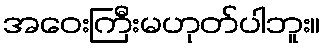
အဝေးကြီးမဟုတ်ပါဘူး။